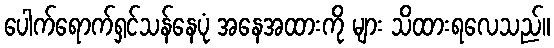
ပေါက်ရောက်ရှင်သန်နေပုံ အနေအထားကို များ သိထားရလေသည်။